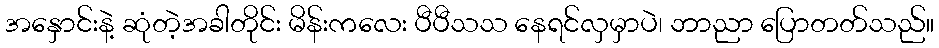
အနှောင်းနဲ့ ဆုံတဲ့အခါတိုင်း မိန်းကလေး ပီပီသသ နေရင်လှမှာပဲ၊ ဘာညာ ပြောတတ်သည်။